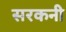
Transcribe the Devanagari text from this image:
सरकनी